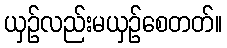
ယှဉ်လည်းမယှဉ်စေတတ်။